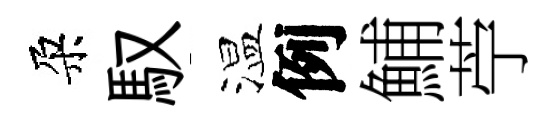
朶馭温例鯆苧